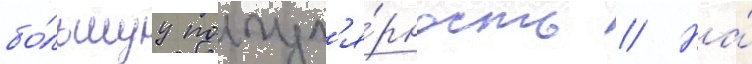
бо́льшуу попул'я́рность // На́